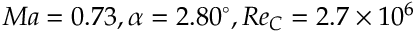
M a = 0 . 7 3 , \alpha = 2 . 8 0 ^ { \circ } , R e _ { C } = 2 . 7 \times { 1 0 ^ { 6 } }